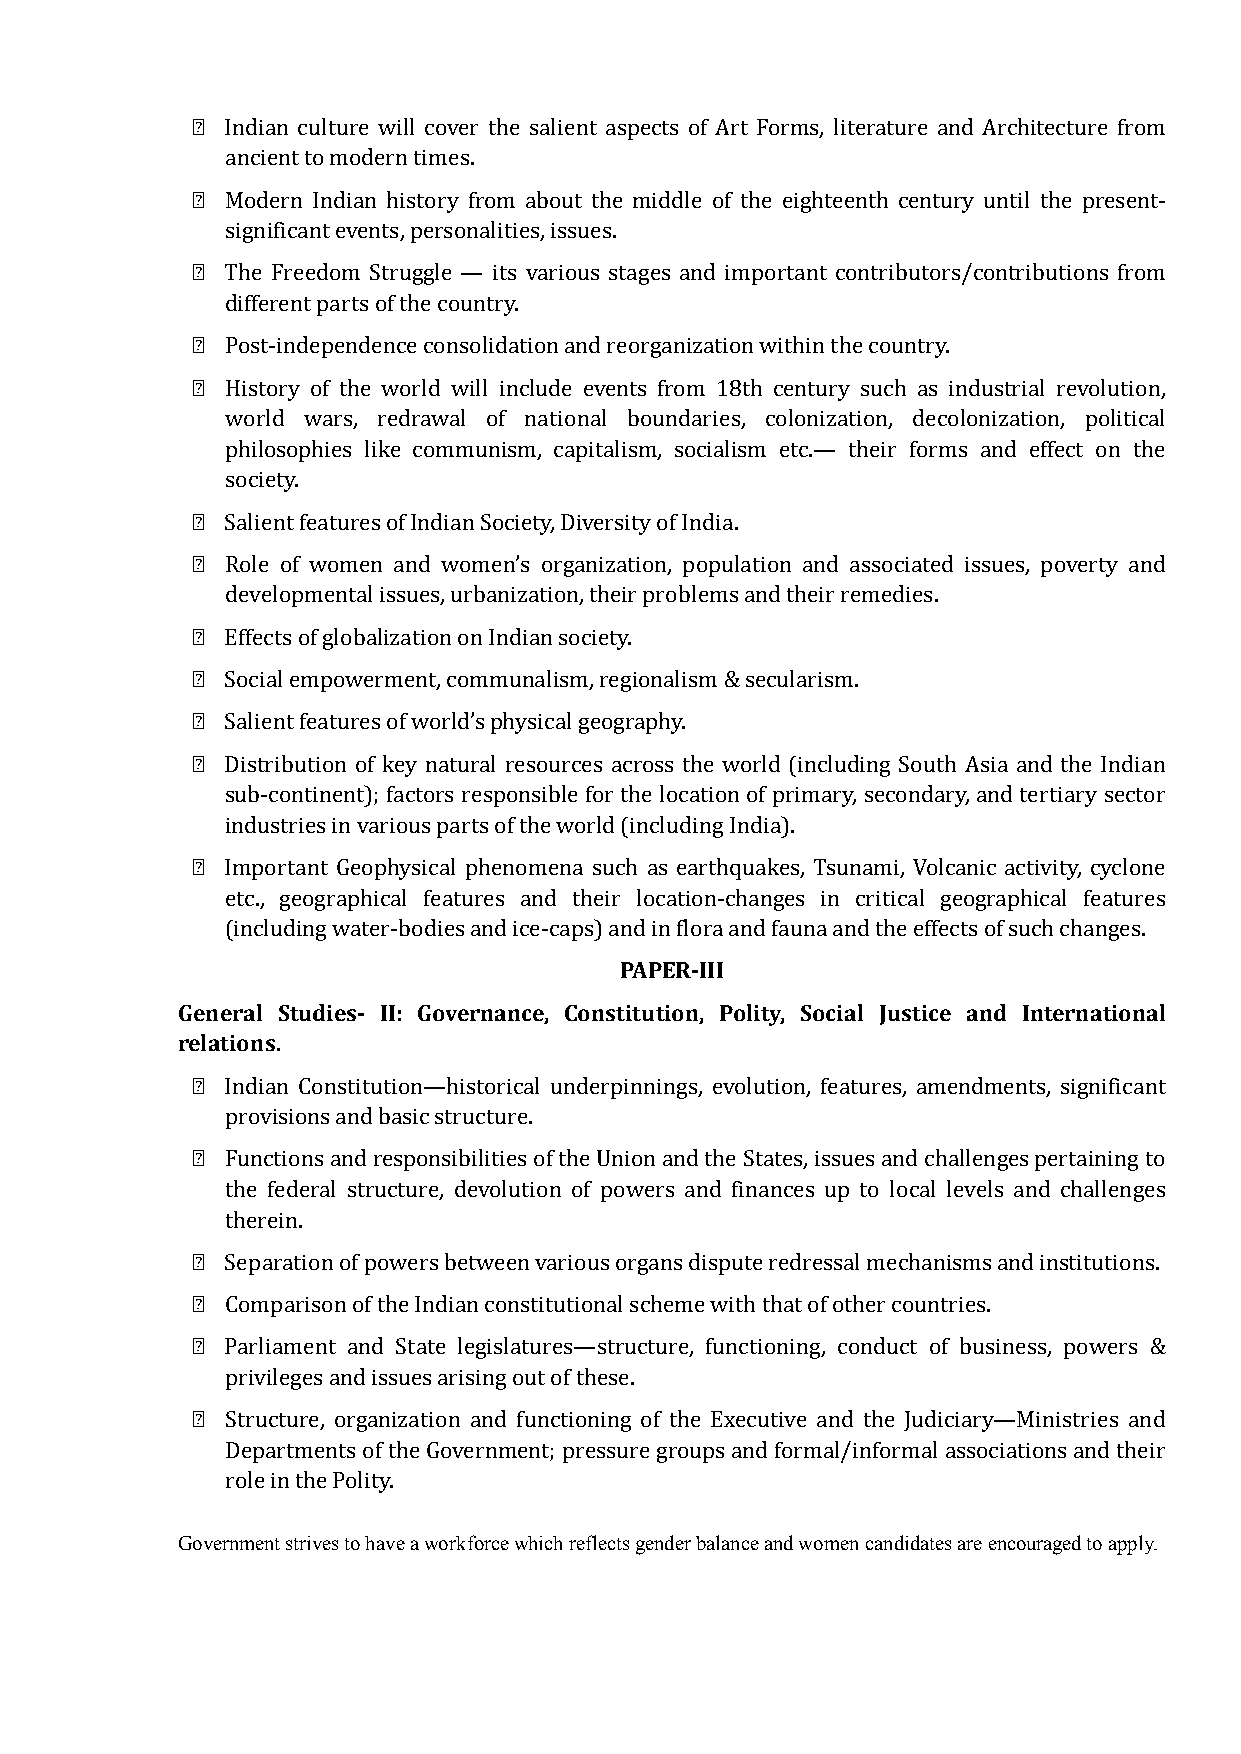
฀ Indian culture will cover the salient aspects of Art Forms, literature and Architecture from
 ancient to modern times.
 ฀ Modern Indian history from about the middle of the eighteenth century until the present-
 significant events, personalities, issues.
 ฀ The Freedom Struggle — its various stages and important contributors/contributions from
 different parts of the country.
 ฀ Post-independence consolidation and reorganization within the country.
 ฀ History of the world will include events from 18th century such as industrial revolution,
 world wars, redrawal of national boundaries, colonization, decolonization, political
 philosophies like communism, capitalism, socialism etc.— their forms and effect on the
 society.
 ฀ Salient features of Indian Society, Diversity of India.
 ฀ Role of women and women’s organization, population and associated issues, poverty and
 developmental issues, urbanization, their problems and their remedies.
 ฀ Effects of globalization on Indian society.
 ฀ Social empowerment, communalism, regionalism & secularism.
 ฀ Salient features of world’s physical geography.
 ฀ Distribution of key natural resources across the world (including South Asia and the Indian
 sub-continent); factors responsible for the location of primary, secondary, and tertiary sector
 industries in various parts of the world (including India).
 ฀ Important Geophysical phenomena such as earthquakes, Tsunami, Volcanic activity, cyclone
 etc., geographical features and their location-changes in critical geographical features
 PAPER-III
 (including water-bodies and ice-caps) and in flora and fauna and the effects of such changes.
 General Studies- II: Governance, Constitution, Polity, Social Justice and International
 relations.
 ฀ Indian Constitution—historical underpinnings, evolution, features, amendments, significant
 provisions and basic structure.
 ฀ Functions and responsibilities of the Union and the States, issues and challenges pertaining to
 the federal structure, devolution of powers and finances up to local levels and challenges
 therein.
 ฀ Separation of powers between various organs dispute redressal mechanisms and institutions.
 ฀ Comparison of the Indian constitutional scheme with that of other countries.
 ฀ Parliament and State legislatures—structure, functioning, conduct of business, powers &
 privileges and issues arising out of these.
 ฀ Structure, organization and functioning of the Executive and the Judiciary—Ministries and
 Departments of the Government; pressure groups and formal/informal associations and their
 role in the Polity.
 Government strives to have a workforce which reflects gender balance and women candidates are encouraged to apply.